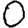
Digit: 0